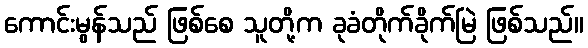
ကောင်းမွန်သည် ဖြစ်စေ သူတို့က ခုခံတိုက်ခိုက်မြဲ ဖြစ်သည်။